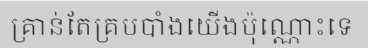
គ្រាន់តែគ្របបាំងយើងប៉ុណ្ណោះទេ